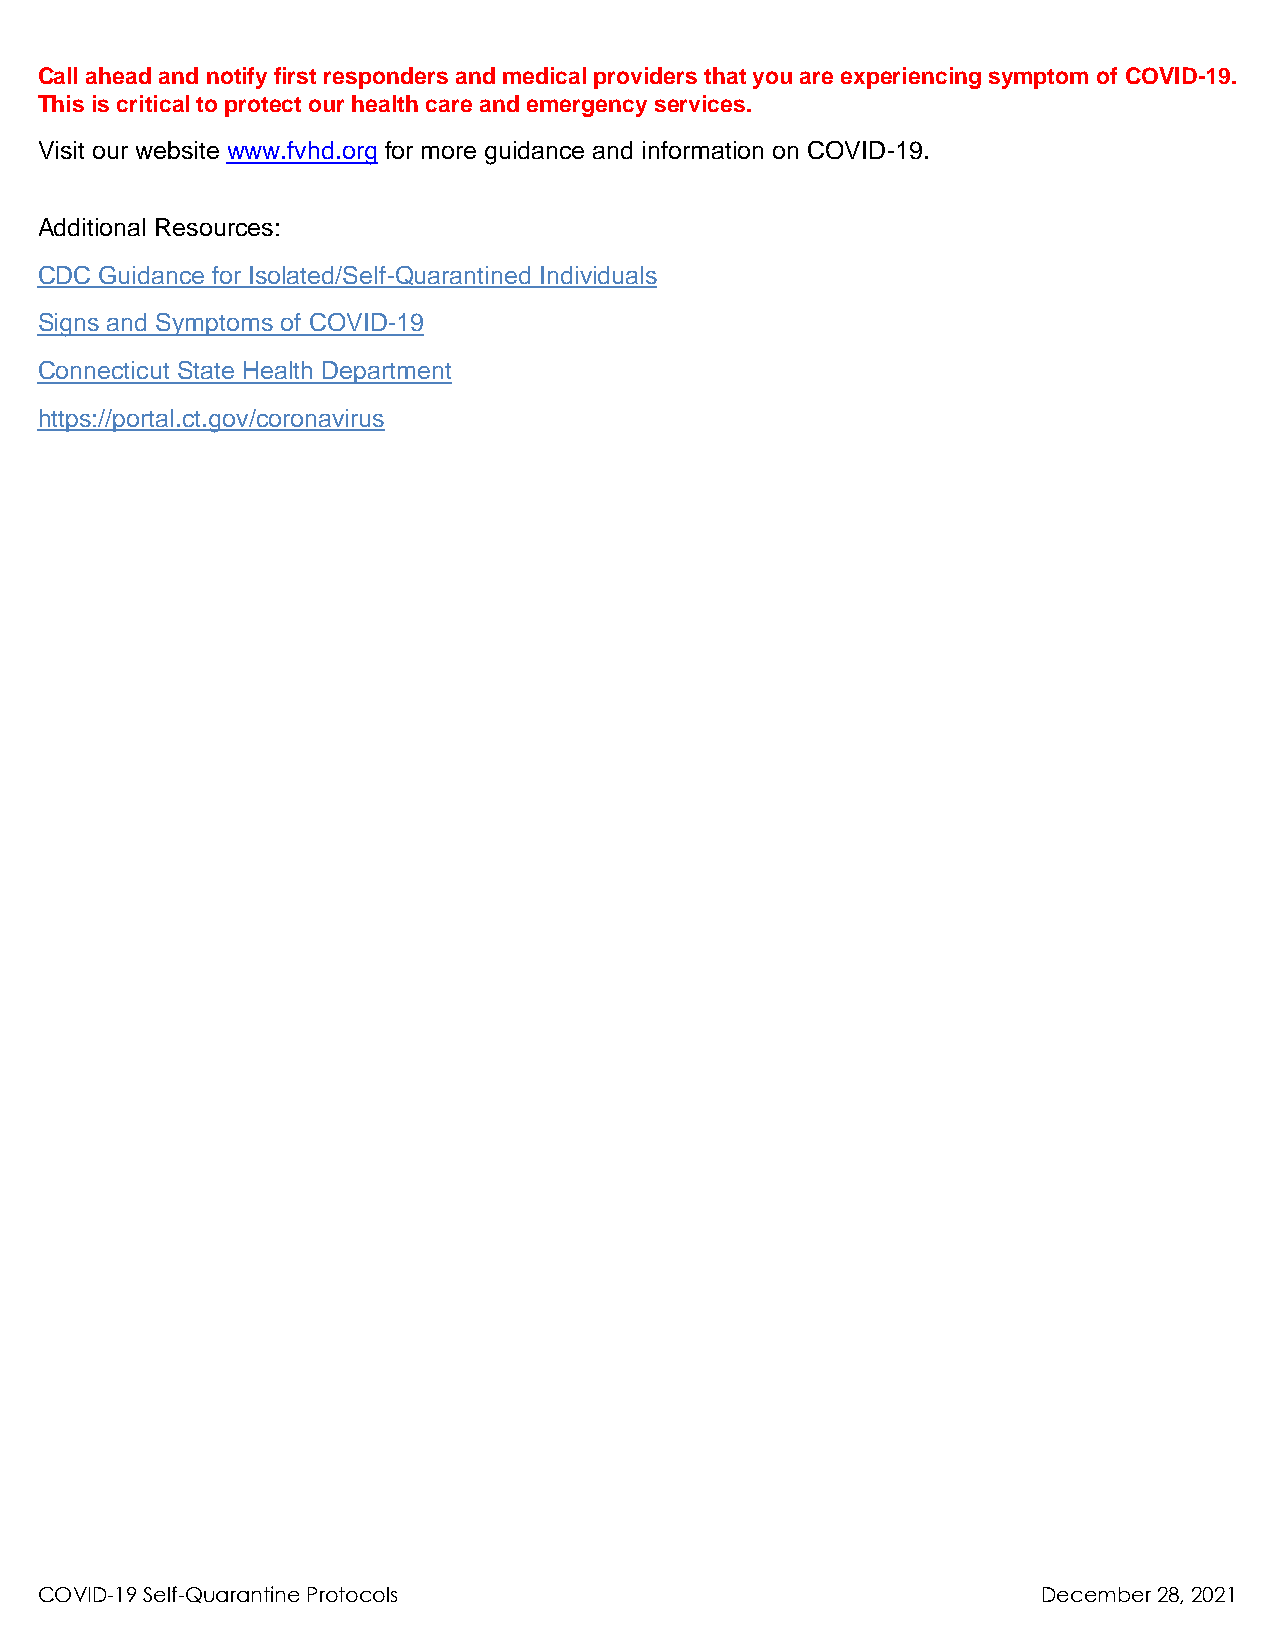
Call ahead and notify first responders and medical providers that you are experiencing symptom of COVID-19.
 This is critical to protect our health care and emergency services.
 Visit our website www.fvhd.org for more guidance and information on COVID-19.
 Additional Resources:
 CDC  Guidance for Isolated/Self-Quarantined Individuals
 Signs and Symptoms of COVID-19
 Connecticut State Health Department
 https://portal.ct.gov/coronavirus
 COVID-19 Self-Quarantine Protocols                                 December 28, 2021